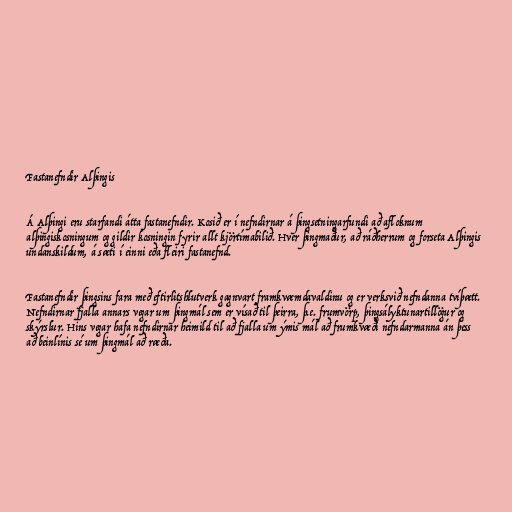
Fastanefndir Alþingis

Á Alþingi eru starfandi átta fastanefndir. Kosið er í nefndirnar á þingsetningarfundi að afloknum
alþingiskosningum og gildir kosningin fyrir allt kjörtímabilið. Hver þingmaður, að ráðherrum og forseta Alþingis
undanskildum, á sæti í einni eða fleiri fastanefnd.

Fastanefndir þingsins fara með eftirlitshlutverk gagnvart framkvæmdavaldinu og er verksvið nefndanna tvíþætt.
Nefndirnar fjalla annars vegar um þingmál sem er vísað til þeirra, þ.e. frumvörp, þings­ályktunar­tillögur og
skýrslur. Hins vegar hafa nefndirnar heimild til að fjalla um ýmis mál að frumkvæði nefndarmanna án þess
að beinlínis sé um þingmál að ræða.